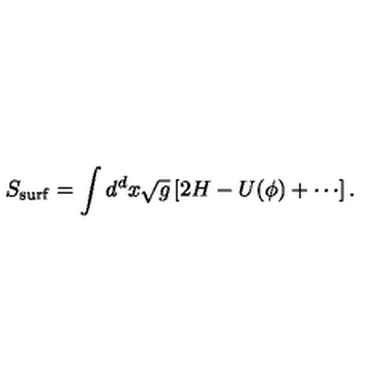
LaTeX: S _ { \mathrm { s u r f } } = \int d ^ { d } x \sqrt { g } \left[ 2 H - U ( \phi ) + \cdots \right] .